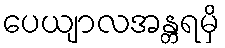
ပေယျာလအန္တရမှိ